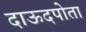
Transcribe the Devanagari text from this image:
दाऊदपोता